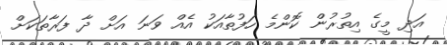
އަދި މީގެ އިތުރުން ކޮންމެ ހަފުތާއަކު އެއް ވަނަ އަށް ދާ ފަރާތަކަށް